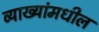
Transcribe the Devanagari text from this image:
व्याख्यांमधील